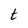
Character: t